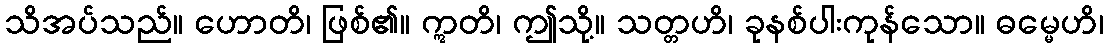
သိအပ်သည်။ ဟောတိ၊ ဖြစ်၏။ ဣတိ၊ ဤသို့။ သတ္တဟိ၊ ခုနစ်ပါးကုန်သော။ ဓမ္မေဟိ၊